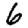
Digit: 6